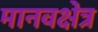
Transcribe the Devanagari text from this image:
मानवक्षेत्र